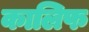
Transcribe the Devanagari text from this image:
कालिफ